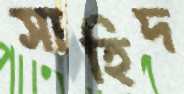
সাহিদ